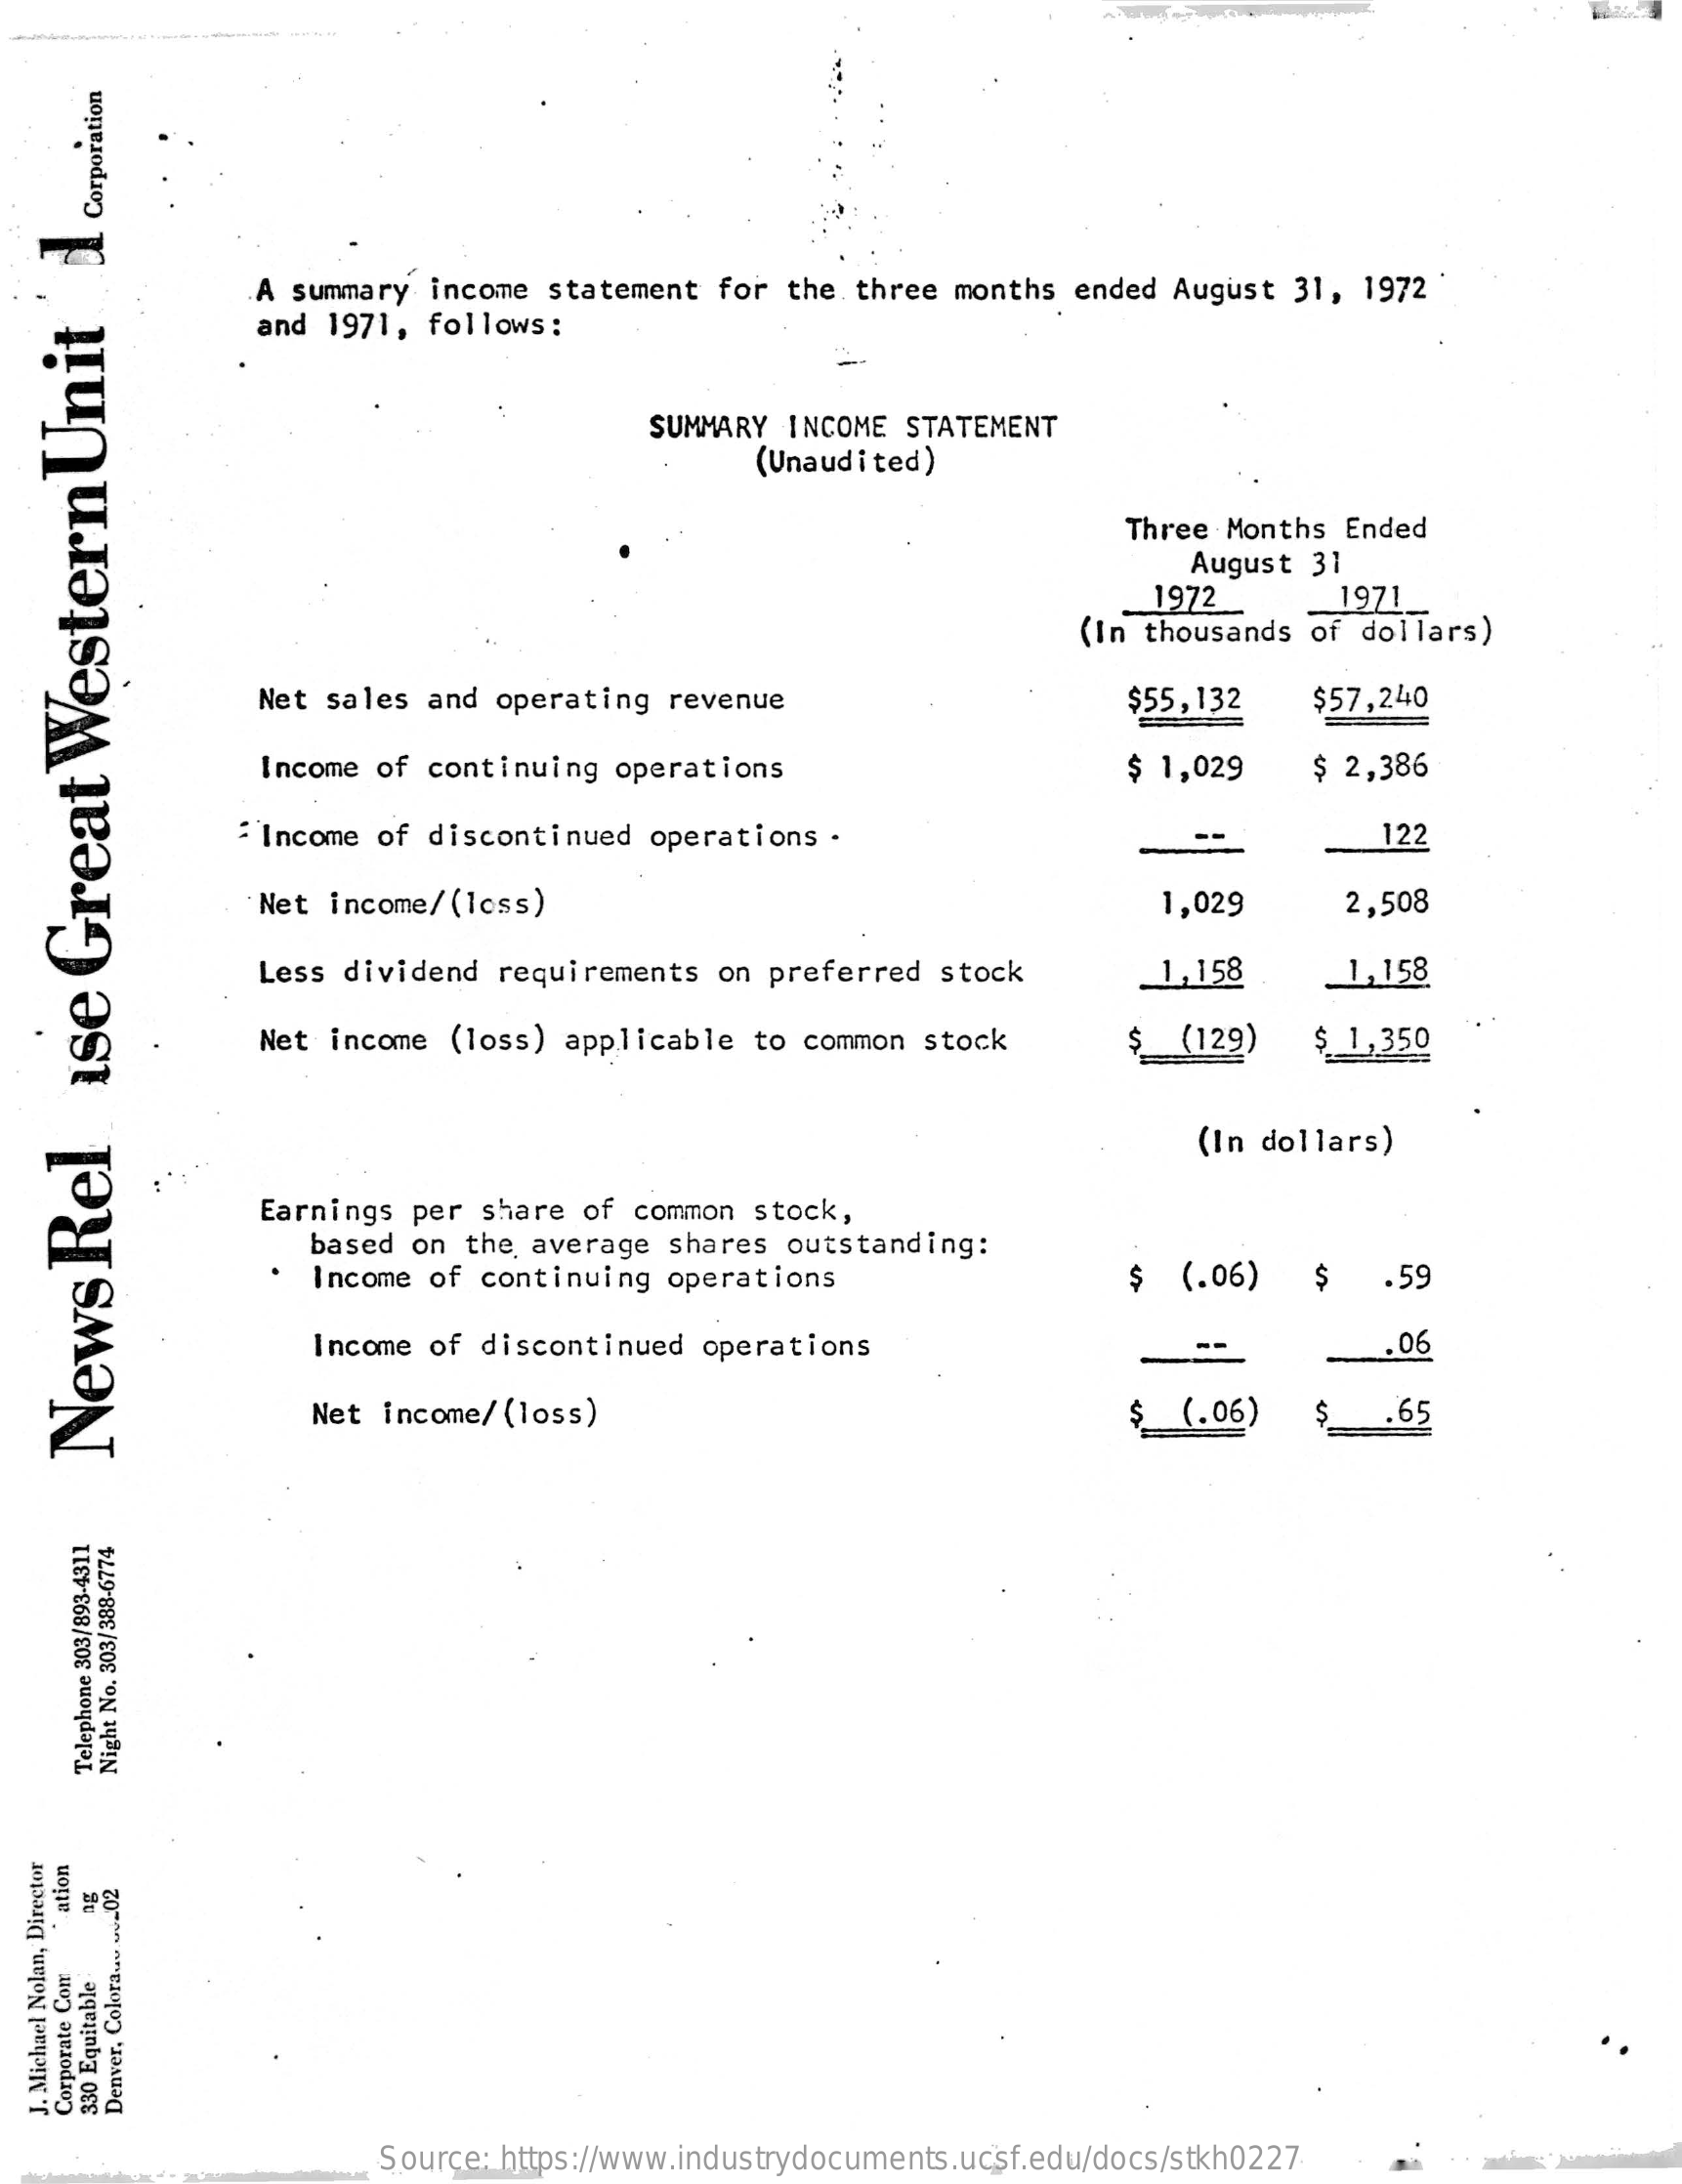
Corporation
     A summary  income  statement for  the three  months  ended August  31, 1972
     and 1971,  follows:
     SUMMARY  INCOME  STATEMENT
     (Unaudited)
     Three Months  Ended
     August  31
     1972
     (In thousands  of dollars)
     1971
     Net sales  and operating  revenue    $55,132    $57,240
     Income of  continuing  operations    $ 1,029    $ 2,386
     : Income of discontinued  operations  .    122
     Net income/ (loss)    1,029    2,508
     Less dividend  requirements   on preferred  stock    1,158    1,158
     Net  income (loss)  applicable  to common  stock    $  (129)    $ 1,350
     (In dollars)
     Earnings  per share  of common  stock,
     based  on the  average shares  outstanding:
     Income of continuing  operations    $  (.06)    $    .59
     Income of discontinued   operations    .06
     Net income/ (loss)    $   (.06)    .65
  News
  Rel
  ise
  Great
  Western
  Unit
  1
    Telephone
    303/893-4311
     Night
     No.
     303/388-6774
   ation
     330
     Equitable
  J.
  Michael
  Nolan,
  Director
   Corporate
   Com
     Denver,
     Colora
     ....
     ..._
     02
     Source: https://www.industrydocuments.ucsf.edu/docs/stkh0227